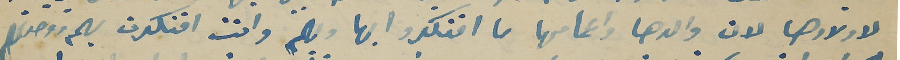
لاولادها لان والدها واعمامها ما افتكروا بها وبهم وانت افتكرت ووحدتهم